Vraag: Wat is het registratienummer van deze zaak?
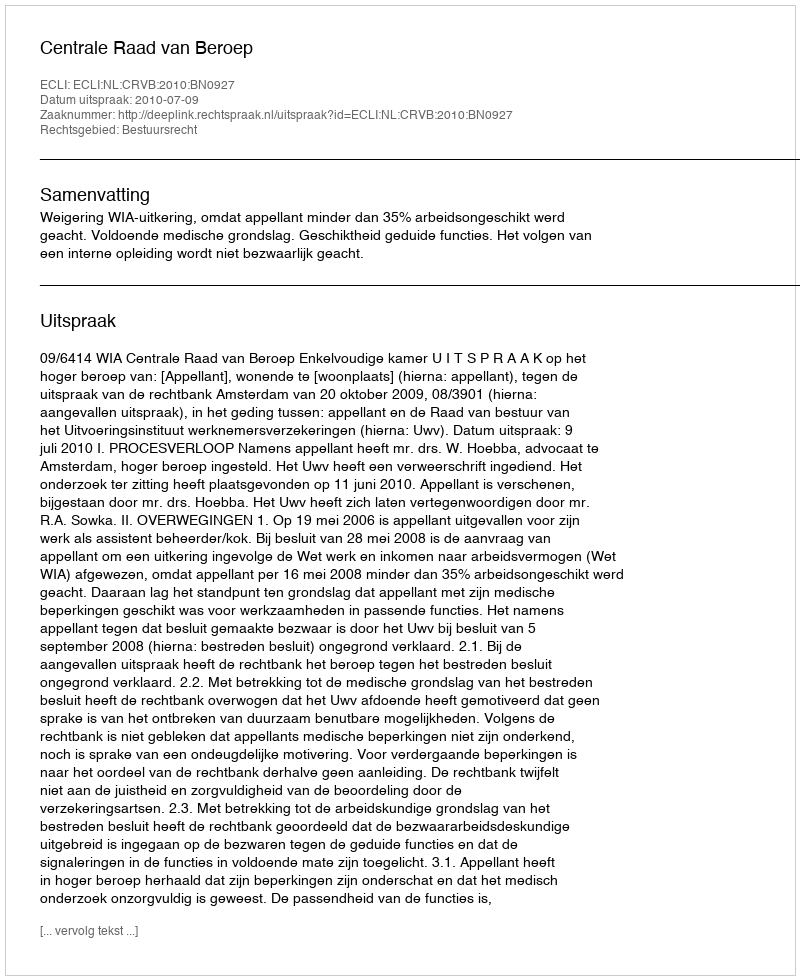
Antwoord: http://deeplink.rechtspraak.nl/uitspraak?id=ECLI:NL:CRVB:2010:BN0927